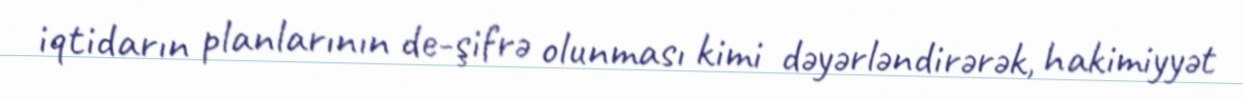
iqtidarın planlarının de-şifrə olunması kimi dəyərləndirərək, hakimiyyət